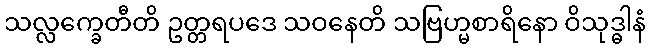
သလ္လက္ခေတီတိ ဥတ္တရပဒေ သဝနေတိ သဗြဟ္မစာရိနော ဝိသုဒ္ဓါနံ